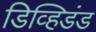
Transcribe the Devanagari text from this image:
डिव्हिडंड